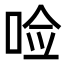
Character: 𪡋